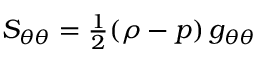
S _ { \theta \theta } = { \textstyle \frac { 1 } { 2 } } ( \rho - p ) \, g _ { \theta \theta }